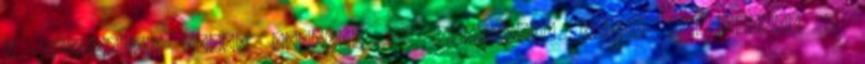
– újságolta Benkő Róbert, az egyesület egyik alapítója. A